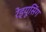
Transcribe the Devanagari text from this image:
रेड्यूसिंग